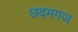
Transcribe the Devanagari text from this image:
छदमगज